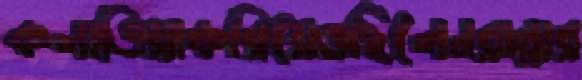
কলাতিয়াকরিয়েওছিলেনরান্নার